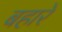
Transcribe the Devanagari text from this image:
बहारे